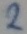
Text: 2